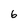
Character: 6